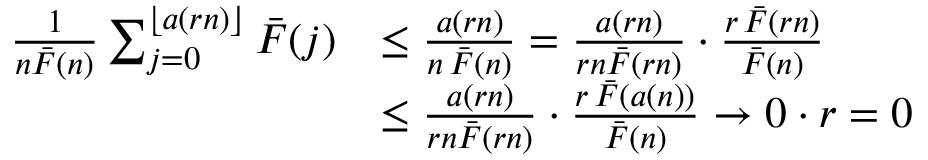
\begin{array} { r l } { \frac { 1 } { n \bar { F } ( n ) } \sum _ { j = 0 } ^ { \lfloor a ( r n ) \rfloor } \bar { F } ( j ) } & { \leq \frac { a ( r n ) } { n \, \bar { F } ( n ) } = \frac { a ( r n ) } { r n \bar { F } ( r n ) } \cdot \frac { r \, \bar { F } ( r n ) } { \bar { F } ( n ) } } \\ & { \leq \frac { a ( r n ) } { r n \bar { F } ( r n ) } \cdot \frac { r \, \bar { F } ( a ( n ) ) } { \bar { F } ( n ) } \rightarrow 0 \cdot r = 0 } \end{array}